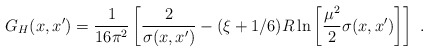
\begin{align*}G_H(x,x')=\frac1{16\pi^2}\left[\frac2{\sigma(x,x')}-(\xi+1/6)R\ln\left[\frac{\mu^2}2\sigma(x,x')\right]\right] \ .\end{align*}